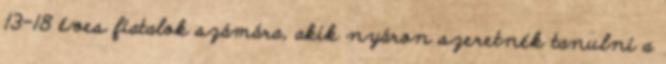
13-18 éves fiatalok számára, akik nyáron szeretnék tanulni a